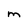
Character: M